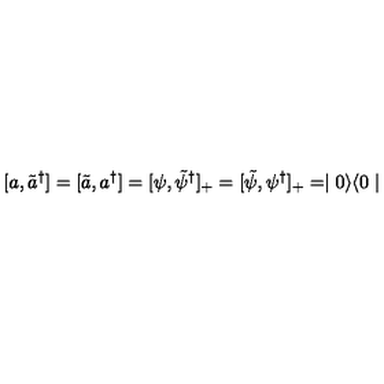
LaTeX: [ a , \tilde { a } ^ { \dagger } ] = [ \tilde { a } , a ^ { \dagger } ] = [ \psi , \tilde { \psi } ^ { \dagger } ] _ { + } = [ \tilde { \psi } , \psi ^ { \dagger } ] _ { + } = \mid 0 \rangle \langle 0 \mid